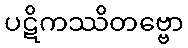
ပဋိကဿိတဗ္ဗော